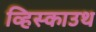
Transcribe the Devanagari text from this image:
व्हिस्काउथ